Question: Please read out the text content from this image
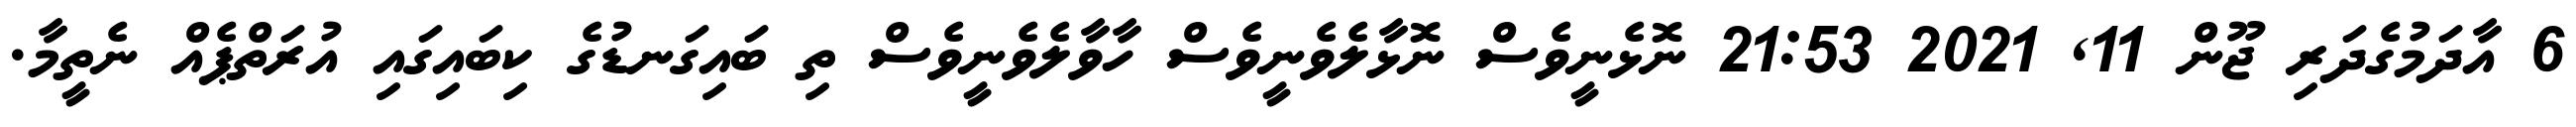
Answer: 6 އާދަމުގެދަރި ޖޫން 11, 2021 21:53 ނޮޅެނީވެސް ނޮޅާލެވެނީވެސް ހާވާލެވެނީވެސް ތި ބައިގަނޑުގެ ކިބައިގައި އުރަތްޕެއް ނެތީމާ.